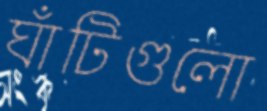
ঘাঁটিগুলো